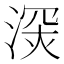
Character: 𣸧